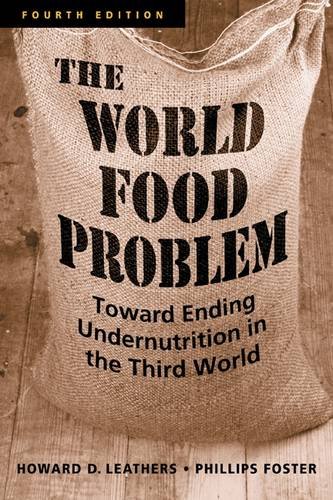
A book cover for The World Food Problem: Toward Ending Undernutrition in the Third World; Howard D. Leathers; Science & Math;